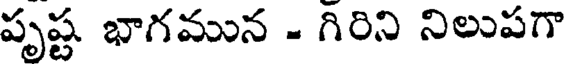
పృష్ట భాగమున - గిరిని నిలుపగా